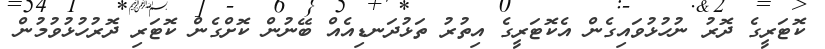
ކޮޓަރީގެ ދޮރު ނުހުޅުވައިގެން އެކޮޓަރީގެ އިތުރު ތަޅުދަނޑިއެއް ބޭނުން ކޮށްގެން ކޮޓަރި ދޮރުހުޅުވުމުން